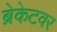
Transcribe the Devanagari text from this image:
ब्रेकेटवर